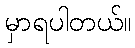
မှာရပါတယ်။